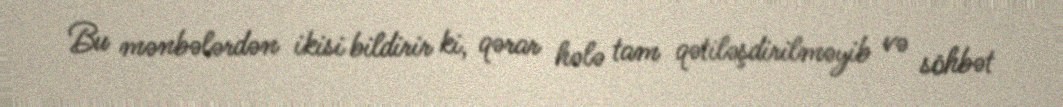
Bu mənbələrdən ikisi bildirir ki, qərar hələ tam qətiləşdirilməyib və söhbət